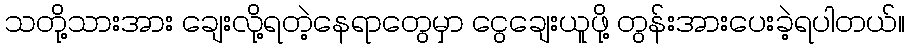
သတို့သားအား ချေးလို့ရတဲ့နေရာတွေမှာ ငွေချေးယူဖို့ တွန်းအားပေးခဲ့ရပါတယ်။